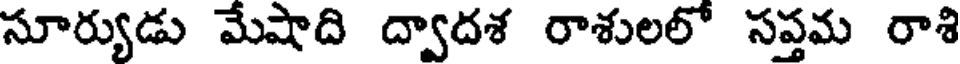
సూర్యుడు మేషాది ద్వాదశ రాశులలో సప్తమ రాశి